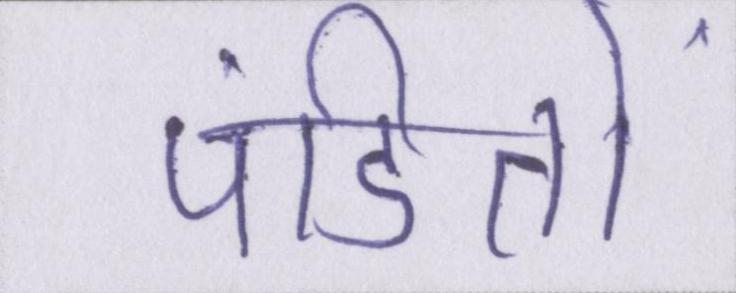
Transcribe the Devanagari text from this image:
पंडितों